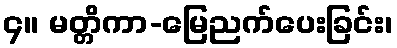
၄။ မတ္တိကာ-မြေညက်ပေးခြင်း၊